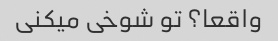
واقعا؟ تو شوخی میکنی